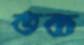
তব্য